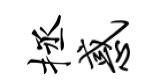
拯惑